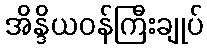
အိန္ဒိယဝန်ကြီးချုပ်